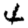
Digit: 4